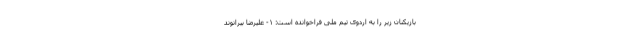
بازیکنان زیر را به اردوی تیم ملی فراخوانده است: ١- علیرضا بیرانوند